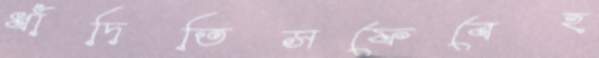
ধাঁদিতিসফেবেহ